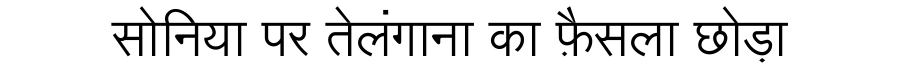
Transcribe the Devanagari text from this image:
सोनिया पर तेलंगाना का फ़ैसला छोड़ा